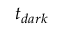
t _ { d a r k }